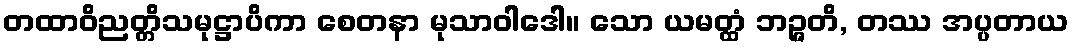
တထာဝိညတ္တိသမုဋ္ဌာပိကာ စေတနာ မုသာဝါဒေါ။ သော ယမတ္ထံ ဘဉ္ဇတိ, တဿ အပ္ပတာယ